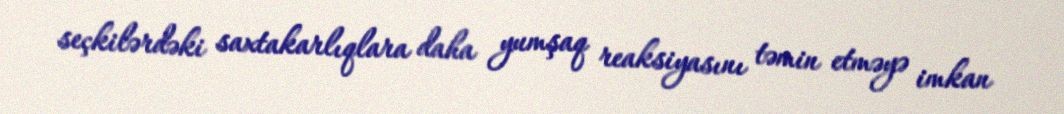
seçkilərdəki saxtakarlıqlara daha yumşaq reaksiyasını təmin etməyə imkan